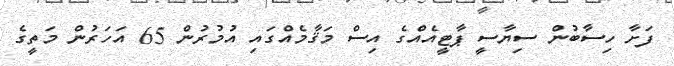
ފަށާ ހިސާބުން ސިޔާސީ ޕާޓީއެއްގެ އިސް މަޤާމެއްގައި އުމުރުން 65 އަހަރުން މަތީގެ